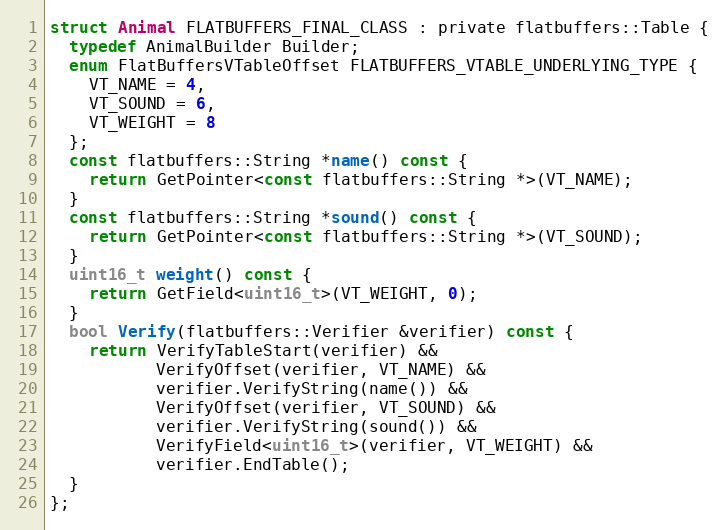
Language: C
struct Animal FLATBUFFERS_FINAL_CLASS : private flatbuffers::Table {
  typedef AnimalBuilder Builder;
  enum FlatBuffersVTableOffset FLATBUFFERS_VTABLE_UNDERLYING_TYPE {
    VT_NAME = 4,
    VT_SOUND = 6,
    VT_WEIGHT = 8
  };
  const flatbuffers::String *name() const {
    return GetPointer<const flatbuffers::String *>(VT_NAME);
  }
  const flatbuffers::String *sound() const {
    return GetPointer<const flatbuffers::String *>(VT_SOUND);
  }
  uint16_t weight() const {
    return GetField<uint16_t>(VT_WEIGHT, 0);
  }
  bool Verify(flatbuffers::Verifier &verifier) const {
    return VerifyTableStart(verifier) &&
           VerifyOffset(verifier, VT_NAME) &&
           verifier.VerifyString(name()) &&
           VerifyOffset(verifier, VT_SOUND) &&
           verifier.VerifyString(sound()) &&
           VerifyField<uint16_t>(verifier, VT_WEIGHT) &&
           verifier.EndTable();
  }
};